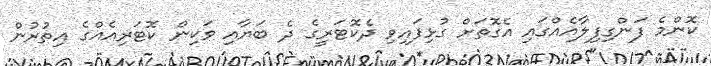
ކޮންމެ ފަންގިފިލާއެއްގައި އެގޮތަށް ގުޅިފައިވި ދެކޮޓަރީގެ ދެ ބަޔާއި ވަކިން ކޮޓަރިއެއްގެ އިތުރުން